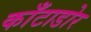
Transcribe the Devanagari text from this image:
काँटाडोर